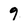
Character: 9